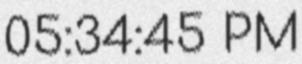
05:34:45 PM